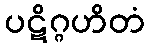
ပဋိဂ္ဂဟိတံ